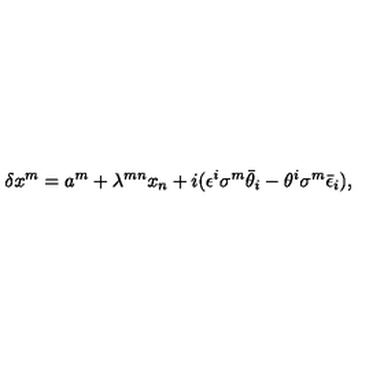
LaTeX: \delta x ^ { m } = a ^ { m } + \lambda ^ { m n } x _ { n } + i ( \epsilon ^ { i } \sigma ^ { m } \bar { \theta } _ { i } - \theta ^ { i } \sigma ^ { m } \bar { \epsilon } _ { i } ) ,